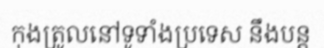
កុងត្រូលនៅទូទាំងប្រទេស នឹងបន្ត